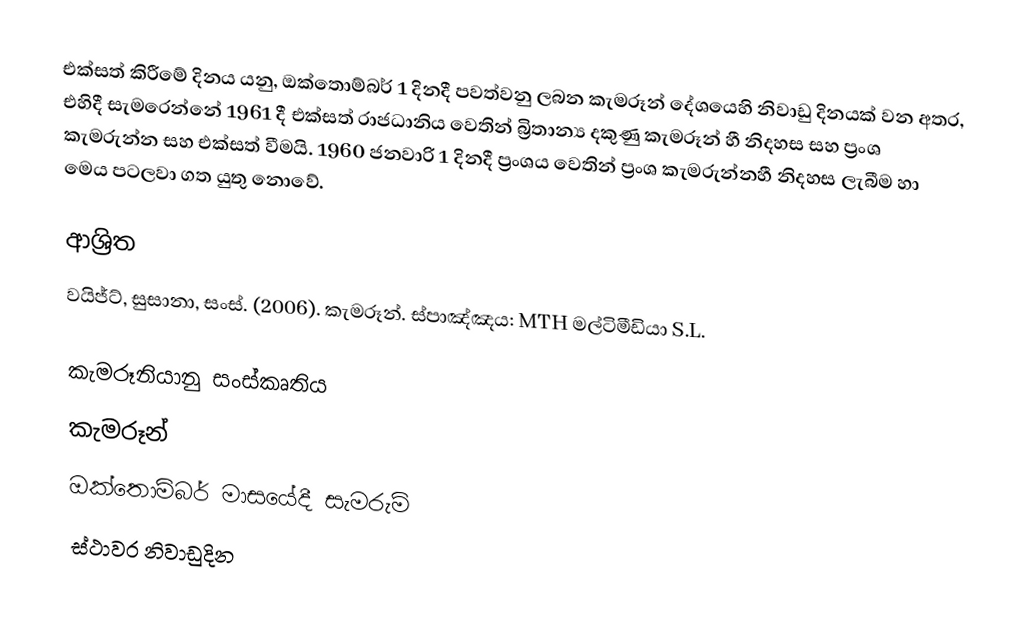
එක්සත් කිරීමේ දිනය යනු,  ඔක්තොම්බර්  1 දිනදී පවත්වනු ලබන කැමරූන් දේශයෙහි නිවාඩු දිනයක් වන අතර, එහිදී සැමරෙන්නේ   1961 දී  එක්සත් රාජධානිය වෙතින් බ්‍රිතාන්‍ය දකුණු කැමරූන්  හී නිදහස සහ ප්‍රංශ කැමරුන්න සහ එක්සත් වීමයි. 1960 ජනවාරි 1 දිනදී ප්‍රංශය වෙතින් ප්‍රංශ කැමරුන්නහී නිදහස ලැබීම හා මෙය පටලවා ගත යුතු නොවේ.

ආශ්‍රිත
 වයිජ්ට්, සුසානා, සංස්. (2006). කැමරූන්. ස්පාඤ්ඤය: MTH මල්ටිමීඩියා S.L.

කැමරූනියානු සංස්කෘතිය
කැමරූන්
ඔක්තොම්බර් මාසයේදී සැමරුම්
ස්ථාවර නිවාඩුදින